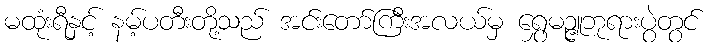
မထုံးရီနှင့် နမ့်ပတီးတို့သည် အင်းတော်ကြီးအလယ်မှ ရွှေမဉ္ဇူဘုရားပွဲတွင်